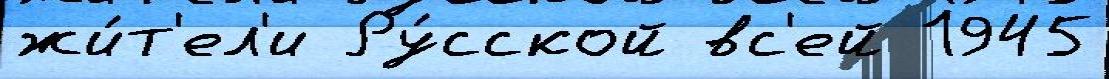
жи́т'ел'и Ру́сской вс'ей 1945